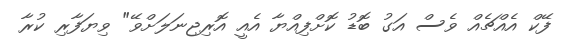
ފޭކް އެއްޗެއް ވެސް އަގު ބޮޑު ކޮށްފިއްޔާ އެއީ އޮރިޖިނަލަށްވޭ" ވިޔަފާރި ކުރާ